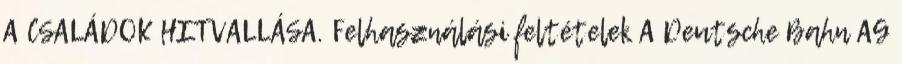
A CSALÁDOK HITVALLÁSA. Felhasználási feltételek A Deutsche Bahn AG